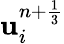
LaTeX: {\mathbf u}_{i}^{n+\frac{1}{3}}